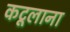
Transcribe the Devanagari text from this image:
कटूलाना